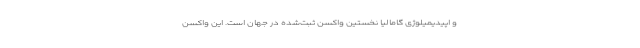
و اپیدیمیلوژی گامالیا نخستین واکسن ثبت‌شده در جهان است. این واکسن